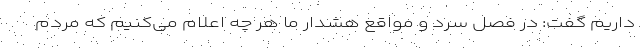
داریم گفت: در فصل سرد و مواقع هشدار ما هر چه اعلام می‌کنیم که مردم